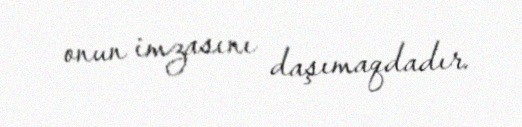
onun imzasını daşımaqdadır.